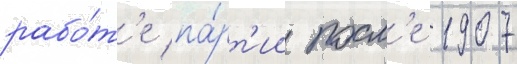
рабо́т'е па́рт'ии посл'е 1907